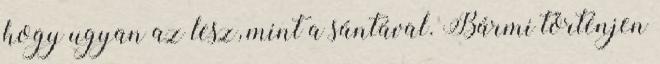
hogy ugyan az lesz, mint a sántával. Bármi történjen